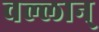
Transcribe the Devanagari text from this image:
वल्लान्